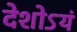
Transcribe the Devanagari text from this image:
देशोऽयं